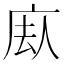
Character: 𪪕